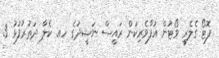
ފޮޓޯ ގެލެރީ ވޯޓުން އުފާވެރިކަން ރައީސް ނަޝީދުގެ ހއ. ކެލާ ދަތުރުފުޅު 3